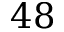
4 8